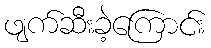
ဖျက်ဆီးခဲ့ကြောင်း